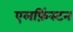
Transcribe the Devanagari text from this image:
एलफ़िंस्टन